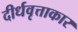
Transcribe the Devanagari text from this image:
दीर्धवृत्ताकार